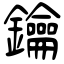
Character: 鑰